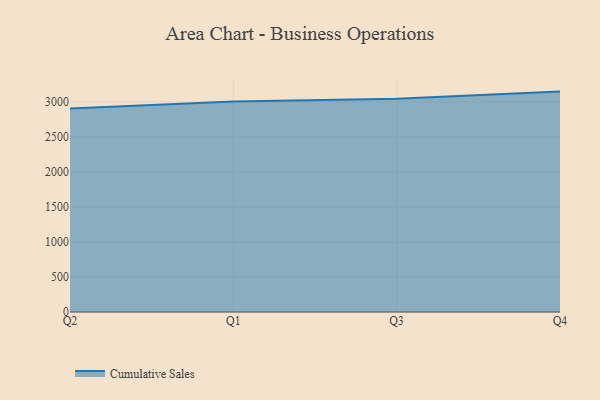
{"axis": {"x": "Quarter", "y": "Production Output"}, "legend": ["Cumulative Sales"], "data": [{"x": "Q2", "y": 2907.6, "type": "Cumulative Sales"}, {"x": "Q1", "y": 3007.4, "type": "Cumulative Sales"}, {"x": "Q3", "y": 3044.5, "type": "Cumulative Sales"}, {"x": "Q4", "y": 3147.5, "type": "Cumulative Sales"}]}